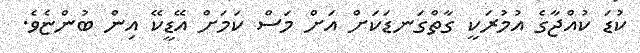
ކުޑަ ކުއްޖާގެ އުމުރަކީ ގާތްގަނޑަކަށް އަށް މަސް ކަމަށް އޭޑީކޭ އިން ބުންޏެވެ.